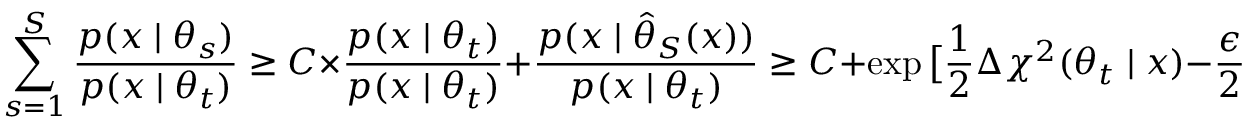
\sum _ { s = 1 } ^ { S } \frac { p ( x \mid \theta _ { s } ) } { p ( x \mid \theta _ { t } ) } \ge C \times \frac { p ( x \mid \theta _ { t } ) } { p ( x \mid \theta _ { t } ) } + \frac { p ( x \mid \hat { \theta } _ { S } ( x ) ) } { p ( x \mid \theta _ { t } ) } \ge C + \exp \big [ \frac { 1 } { 2 } \Delta \chi ^ { 2 } ( \theta _ { t } \mid x ) - \frac { \epsilon } { 2 } \big ]